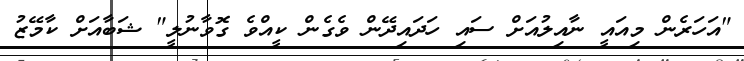
"އަހަރެން މިއައީ ނާއިލުއަށް ސައި ހަދައިދޭން ވެގެން ކީއްވެ ގޮވާނުލީ" ޝަބާއަށް ކާމޭޒު